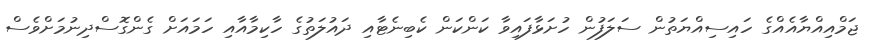
ޖަމްއިއްޔާއެއްގެ ހައިސިއްޔަތުން ސަލަފުން ހުށަޅާފައިވާ ކަންކަން ކެބިނެޓާއި ދައުލަތުގެ ހާކިމާއާއި ހަމައަށް ގެންގޮސްދިނުމަށްވެސް